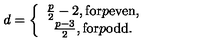
d = \left\{ \begin{array} { c } { \frac p 2 - 2 , \mathrm { f o r } p \mathrm { e v e n } , } \\ { \frac { p - 3 } 2 , \mathrm { f o r } p \mathrm { o d d } . } \\ \end{array} \right.